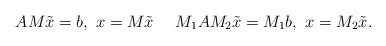
LaTeX: \begin{align*}AM\tilde{x}=b, \ x=M\tilde{x} \ \ \ \ M_{1}AM_{2}\tilde{x}=M_{1}b, \ x=M_{2}\tilde{x}.\end{align*}